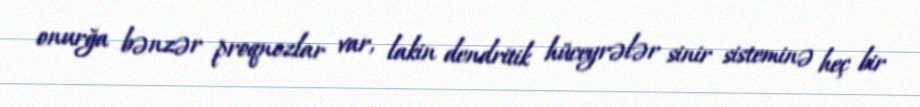
onurğa bənzər proqnozlar var, lakin dendritik hüceyrələr sinir sisteminə heç bir